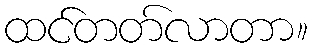
ထင်တတ်လာတာ။